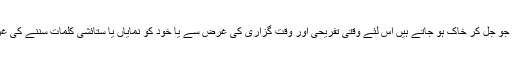
یہی حال کبھی کبھار ہنستے بستے گھروں کا بھی ہو جاتا ہے جو جل کر خاک ہو جاتے ہیں اس لئے وقتی تفریحی اور وقت گزاری کی غرض سے یا خود کو نمایاں یا ستائشی کلمات سننے کی غرض سے اکثر ایسے مردوں کو لینے کے دینے پڑ جاتے ہیں۔